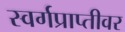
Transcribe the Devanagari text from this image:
स्वर्गप्राप्तीवर